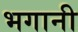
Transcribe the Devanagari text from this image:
भगानी